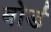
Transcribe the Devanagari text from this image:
बोर्ड